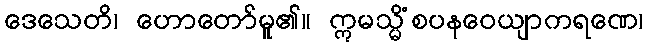
ဒေသေတိ၊ ဟောတော်မူ၏။ ဣမသ္မိံစပနဝေယျာကရဏေ၊